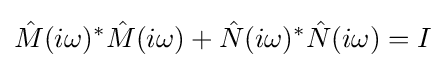
{\hat {M}}(i\omega )^{*}{\hat {M}}(i\omega )+{\hat {N}}(i\omega )^{*}{\hat {N}}(i\omega )=I